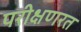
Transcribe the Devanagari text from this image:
परीक्षणरत